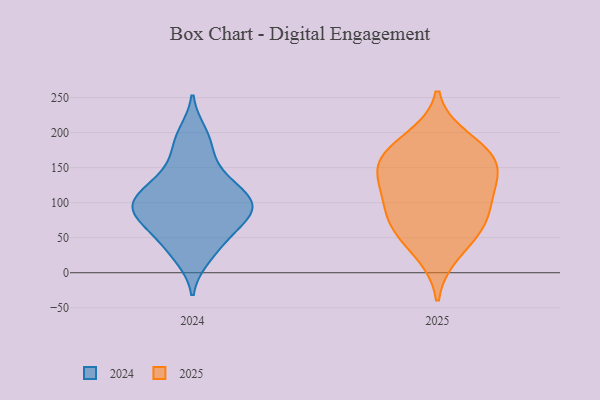
{"axis": {"x": "Website Visitors", "y": "Value"}, "legend": ["2024", "2025"], "data": [{"x": "", "y": 99, "type": "2024"}, {"x": "", "y": 22, "type": "2024"}, {"x": "", "y": 90, "type": "2024"}, {"x": "", "y": 46, "type": "2024"}, {"x": "", "y": 106, "type": "2024"}, {"x": "", "y": 199, "type": "2024"}, {"x": "", "y": 91, "type": "2024"}, {"x": "", "y": 60, "type": "2024"}, {"x": "", "y": 65, "type": "2024"}, {"x": "", "y": 91, "type": "2024"}, {"x": "", "y": 105, "type": "2024"}, {"x": "", "y": 90, "type": "2024"}, {"x": "", "y": 108, "type": "2024"}, {"x": "", "y": 29, "type": "2024"}, {"x": "", "y": 190, "type": "2024"}, {"x": "", "y": 142, "type": "2024"}, {"x": "", "y": 171, "type": "2024"}, {"x": "", "y": 127, "type": "2024"}, {"x": "", "y": 72, "type": "2024"}, {"x": "", "y": 135, "type": "2024"}, {"x": "", "y": 61, "type": "2025"}, {"x": "", "y": 75, "type": "2025"}, {"x": "", "y": 176, "type": "2025"}, {"x": "", "y": 156, "type": "2025"}, {"x": "", "y": 103, "type": "2025"}, {"x": "", "y": 27, "type": "2025"}, {"x": "", "y": 112, "type": "2025"}, {"x": "", "y": 192, "type": "2025"}, {"x": "", "y": 152, "type": "2025"}, {"x": "", "y": 129, "type": "2025"}, {"x": "", "y": 158, "type": "2025"}, {"x": "", "y": 68, "type": "2025"}]}